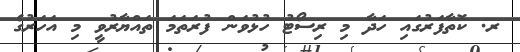
ރ. ކޮތާފަރުގައި ހަދާ މި ރިސޯޓު ހުޅުވަން ފުރަތަމަ ތައްޔާރުވީ މި އަހަރުގެ